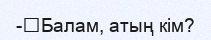
-	Балам, атың кім?